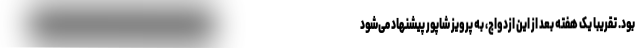
بود. تقریبا یک هفته بعد از این ازدواج، به پرویز شاپور پیشنهاد می‌شود